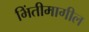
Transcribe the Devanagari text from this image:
भिंतीमागील